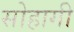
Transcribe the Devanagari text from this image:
सोहागी